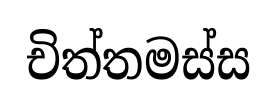
චිත්තමස්ස